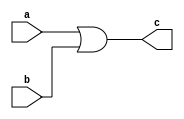
module basic_or(input a, input b, output c);
	assign c = a | b;
endmodule